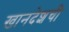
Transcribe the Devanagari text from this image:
खानदेशची